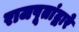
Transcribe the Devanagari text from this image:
राजपूतांद्वारे